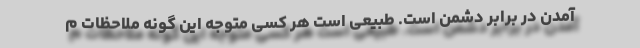
آمدن در برابر دشمن است. طبیعی است هر کسی متوجه این گونه ملاحظات م